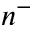
n ^ { - }